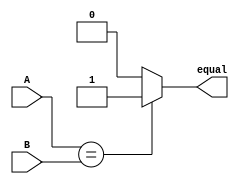
module arithmetic_equality_comparator (
    input [31:0] A,
    input [31:0] B,
    output reg equal
);

always @* begin
    if (A == B) begin
        equal = 1;
    end else begin
        equal = 0;
    end
end

endmodule